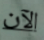
الآن